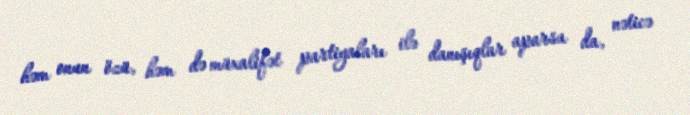
həm onun özü, həm də müxalifət partiyaları ilə danışıqlar aparsa da, nəticə